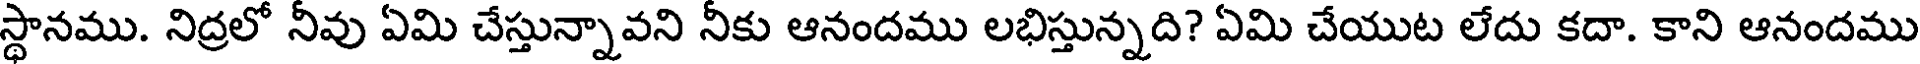
స్థానము. నిద్రలో నీవు ఏమి చేస్తున్నావని నీకు ఆనందము లభిస్తున్నది? ఏమి చేయుట లేదు కదా. కాని ఆనందము